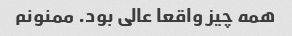
همه چیز واقعا عالی بود. ممنونم